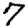
Digit: 7